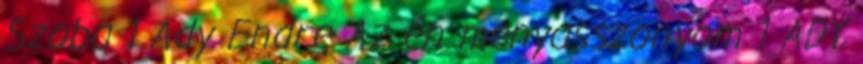
Szoba 1 Ady Endre Az én menyasszonyom 1 ADY